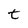
Character: t